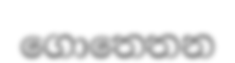
ගොතෙතන